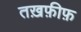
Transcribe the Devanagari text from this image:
तख़फ़ीफ़